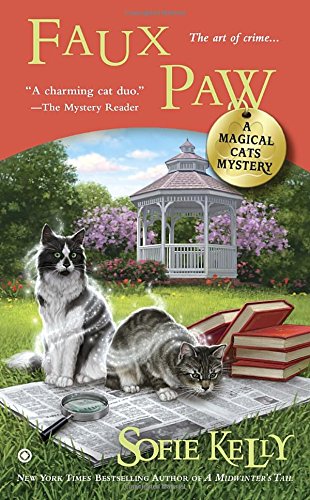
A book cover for Faux Paw: A Magical Cats Mystery; Sofie Kelly; Mystery, Thriller & Suspense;